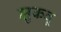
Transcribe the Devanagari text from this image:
झुकवू